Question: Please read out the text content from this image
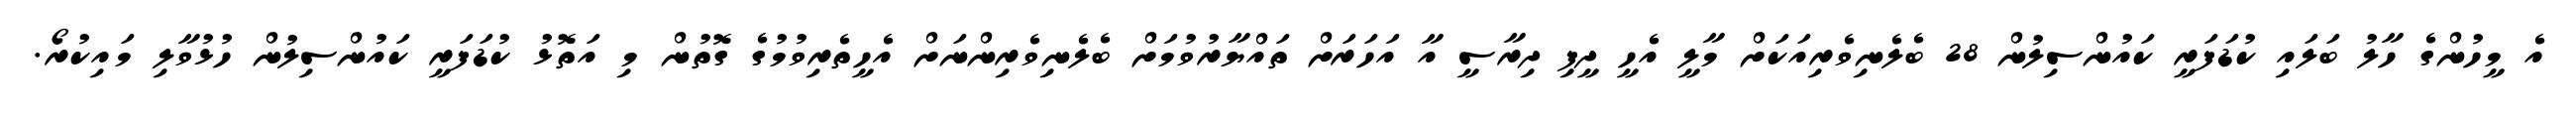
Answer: އެ މީހުންގެ ހާލު ބަލައި ކުޑަފަރީ ކައުންސިލުން 28 ބެލެނިވެރިއަކަށް މާލީ އެހީ ދީފި ދިރާސީ އާ އަހަރަށް ތައްޔާރުވުމަށް ބެލެނިވެރިންނަށް އެހީތެރިވުމުގެ ގޮތުން މި އަތޮޅު ކުޑަފަރީ ކައުންސިލުން ހުޅުވާލި މައިކުރޯ.